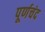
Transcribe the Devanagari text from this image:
पूर्णचंद